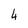
Character: 4